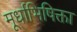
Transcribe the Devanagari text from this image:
मूर्धाभिषिक्ता